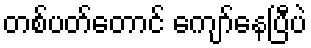
တစ်ပတ်တောင် ကျော်နေပြီပဲ